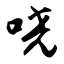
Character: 哓